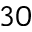
3 0